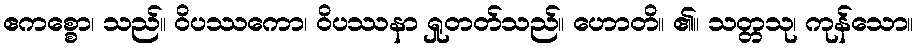
ဧကစ္စော၊ သည်။ ဝိပဿကော၊ ဝိပဿနာ ရှုတတ်သည်။ ဟောတိ။ ၏။ သတ္တသု၊ ကုန်သော။